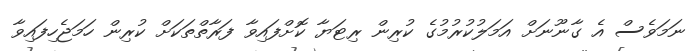
ނަމަވެސް އެ ގާނޫނަށް އަމަލުކުރުމުގެ ކުރިން ރިޓަޔާ ކޮށްފައިވާ ފަރާތްތަކަށް ކުރިން ހަމަޖެހިފައިވާ